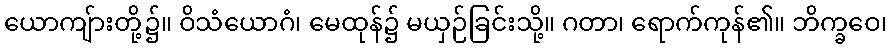
ယောကျ်ားတို့၌။ ဝိသံယောဂံ၊ မေထုန်၌ မယှဉ်ခြင်းသို့။ ဂတာ၊ ရောက်ကုန်၏။ ဘိက္ခဝေ၊